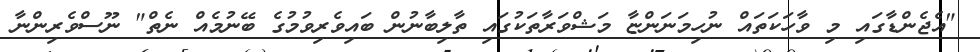
"އެޖެންޑާގައި މި ވާހަކަތައް ނުހިމަނަންޏާ މަޝްވަރާތަކުގައި ތާލިބާނުން ބައިވެރިވުމުގެ ބޭނުމެއް ނެތް" ނޫސްވެރިންނާ